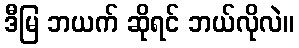
ဒီမြ ဘယက် ဆိုရင် ဘယ်လိုလဲ။